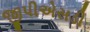
જીપીએસડી